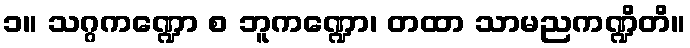
၁။ သဂ္ဂကဏ္ဍော စ ဘူကဏ္ဍော၊ တထာ သာမညကဏ္ဍိတိ။